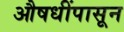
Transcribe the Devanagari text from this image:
औषधींपासून